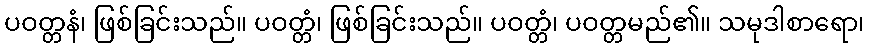
ပဝတ္တနံ၊ ဖြစ်ခြင်းသည်။ ပဝတ္တံ၊ ဖြစ်ခြင်းသည်။ ပဝတ္တံ၊ ပဝတ္တမည်၏။ သမုဒါစာရော၊